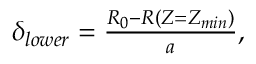
\begin{array} { r } { \delta _ { l o w e r } = \frac { R _ { 0 } - R ( Z = Z _ { m i n } ) } { a } , } \end{array}